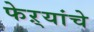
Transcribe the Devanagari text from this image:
फेऱ्यांचे